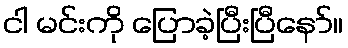
ငါ မင်းကို ပြောခဲ့ပြီးပြီနော်။